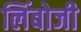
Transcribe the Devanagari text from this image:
लिंबोजी